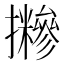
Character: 𢹪